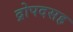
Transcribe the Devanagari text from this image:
द्रोपदसह